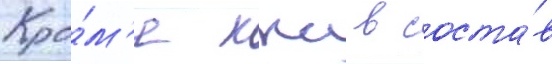
Кро́м'е ккс в соста́в